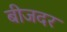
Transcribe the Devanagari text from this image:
बीजदर